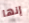
إنها